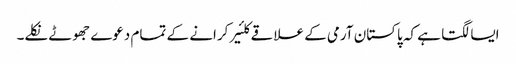
ایسا لگتا ہے کہ پاکستان آرمی کے علاقے کلئیر کرانے کے تمام دعوے جھوٹے نکلے۔